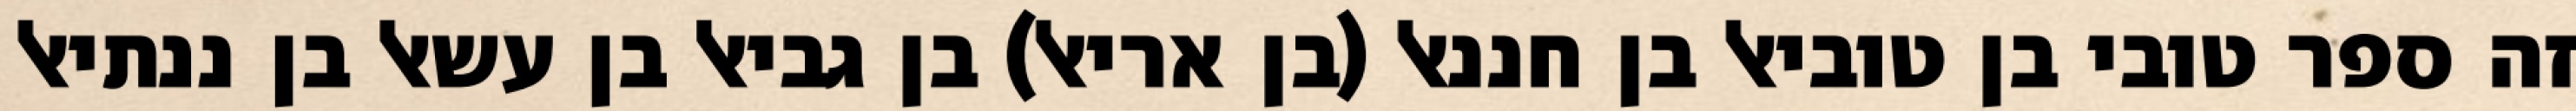
זה ספר טובי בן טוביאל בן חננאל (בן אריאל) בן גביאל בן עשאל בן ננתיאל